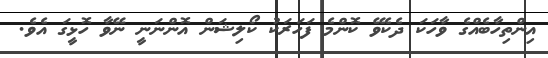
އިންތިހާބެއްގެ ވާހަކަ ދެކެވޭ ކޮންމެ ފަހަރަކު ކޯލިޝަން އޮންނަނީ ނޭވާ ހޮޅީގަ އެވެ.